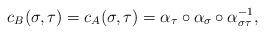
LaTeX: \begin{align*} c_B(\sigma,\tau)=c_A(\sigma,\tau)=\alpha_\tau\circ\alpha_\sigma\circ\alpha_{\sigma\tau}^{-1},\end{align*}